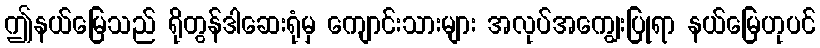
ဤနယ်မြေသည် ရိုတွန်ဒါဆေးရုံမှ ကျောင်းသားများ အလုပ်အကျွေးပြုရာ နယ်မြေဟုပင်